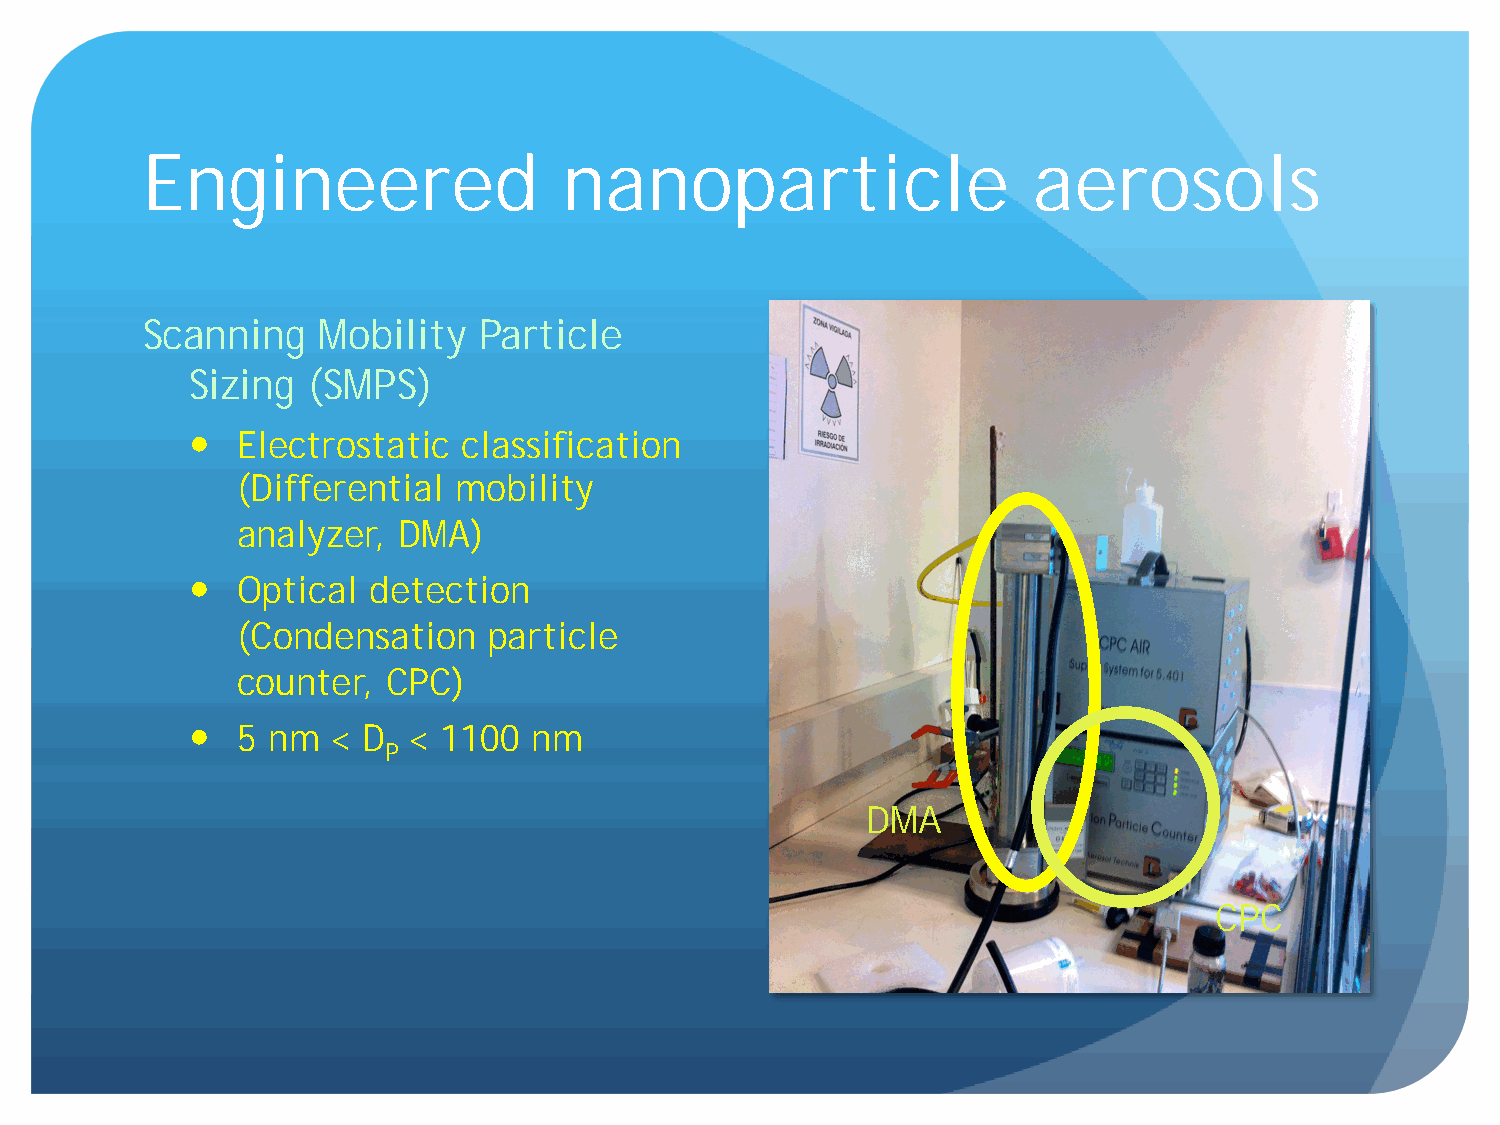
Engineered                  nanoparticle                   aerosols
 Scanning    Mobility   Particle
 Sizing  (SMPS)
   Electrostatic  classification
 (Differential mobility
 analyzer, DMA)
   Optical detection
 (Condensation   particle
 counter,  CPC)
   5 nm  < D  < 1100  nm
 P
 DMA
 CPC